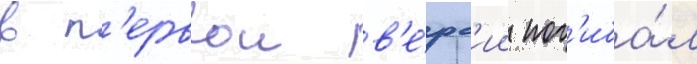
в п'ервои в'е́рс'ии пог'иба́л